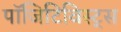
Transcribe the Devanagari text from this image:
पॉजिटिविस्ट्स